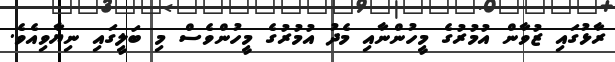
ރާޅުގައި ޒުވާން އުމުރުގެ މީހުންނާއި މެދު އުމުރުގެ މީހުންވެސް މި ބަލީގައި ނިޔާވިއެވެ.